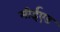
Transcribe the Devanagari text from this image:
मीईएड